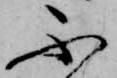
不